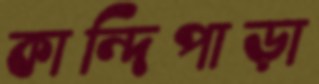
কান্দিপাড়া